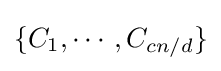
\{C_{1},\cdots ,C_{cn/d}\}